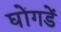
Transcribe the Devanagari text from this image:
घोंगडें